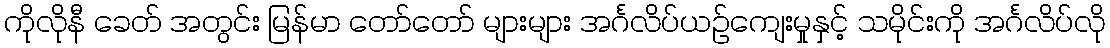
ကိုလိုနီ ခေတ် အတွင်း မြန်မာ တော်တော် များများ အင်္ဂလိပ်ယဉ်ကျေးမှုနှင့် သမိုင်းကို အင်္ဂလိပ်လို